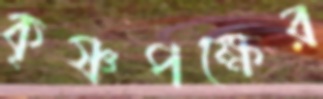
কৃষ্ণপক্ষের